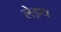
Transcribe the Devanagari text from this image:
लेइथ